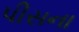
પીસના